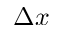
\Delta x